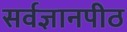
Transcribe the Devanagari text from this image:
सर्वज्ञानपीठ